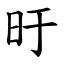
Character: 旴